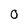
Character: 0